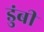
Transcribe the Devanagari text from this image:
डुंबी